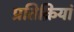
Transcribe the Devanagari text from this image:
प्रतिक्रियां